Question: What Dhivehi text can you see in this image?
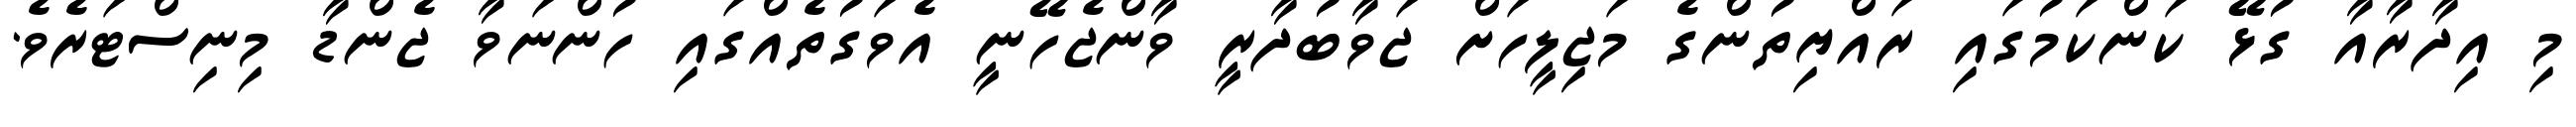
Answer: މި އިދާރާއާ ގުޅޭ ކަންކަމުގައި ރައްޔިތުންގެ މަޖިލީހަށް ޖަވާބުދާރީ ވާންޖެހޭނީ އެވަގުތެއްގައި ހުންނަވާ ޖެންޑާ މިނިސްޓަރެވެ.